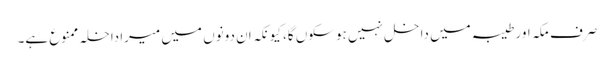
صرف مکہ اور طیبہ میں داخل نہیں ہوسکوں گا، کیونکہ ان دونوں میں میراداخلہ ممنوع ہے۔